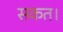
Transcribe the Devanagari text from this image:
सकत।